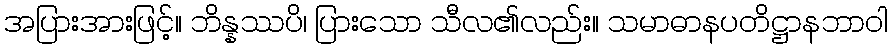
အပြားအားဖြင့်။ ဘိန္နဿပိ၊ ပြားသော သီလ၏လည်း။ သမာဓာနပတိဋ္ဌာနဘာဝါ